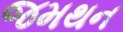
જમથન